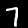
Digit: 7